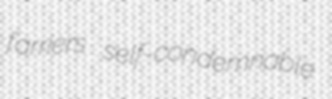
farriers self-condemnable